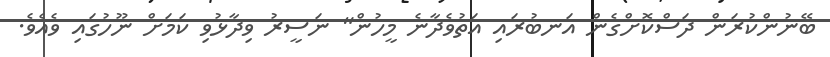
ބޭނުންކުރަން ދަސްކޮށްގެން އަނބުރައި އަތުވެދާނެ މީހުން" ނަސީރު ވިދާޅުވި ކަމަށް ނޫހުގައި ވެއެވެ.